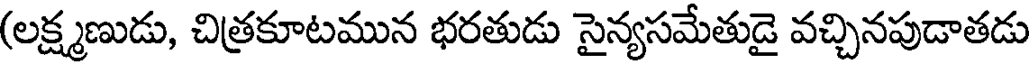
(లక్ష్మణుడు, చిత్రకూటమున భరతుడు సైన్యసమేతుడై వచ్చినపుడాతడు